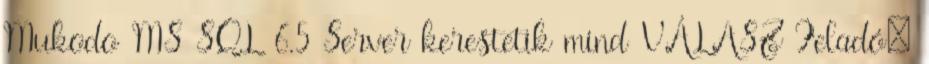
Mukodo MS SQL 6.5 Server kerestetik mind VÁLASZ Feladó: